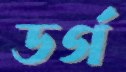
ডর্গ